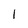
Character: 1